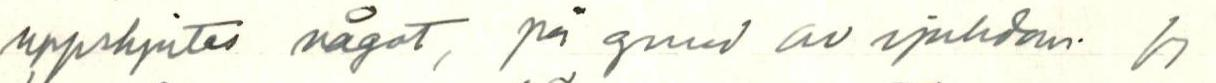
uppskjutas något, på grund av sjukdom. Jg